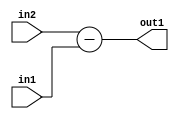
`timescale 1ps / 1ps
/*****************************************************************************
    Verilog RTL Description
    
    
    Created by: Stratus DpOpt 2019.1.01 
*******************************************************************************/

module feature_write_addr_gen_Sub_3Ux1U_3S_4_0 (
	in2,
	in1,
	out1
	); /* architecture "behavioural" */ 
input [2:0] in2;
input  in1;
output [2:0] out1;
wire [2:0] asc001;

assign asc001 = 
	+(in2)
	-(in1);

assign out1 = asc001;
endmodule

/* CADENCE  ubD4SgA= : u9/ySgnWtBlWxVPRXgAZ4Og= ** DO NOT EDIT THIS LINE ******/